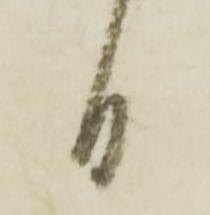
日